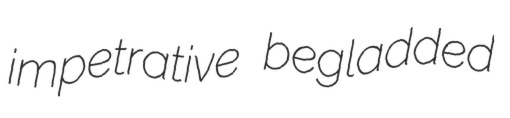
impetrative begladded